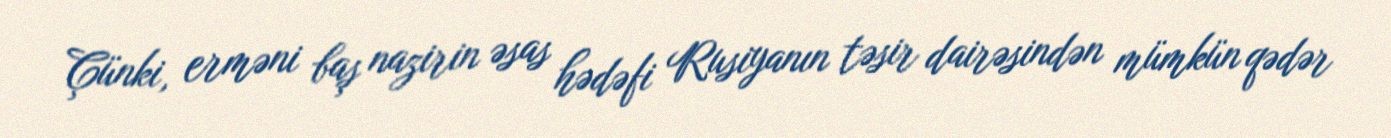
Çünki, erməni baş nazirin əsas hədəfi Rusiyanın təsir dairəsindən mümkün qədər